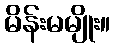
မိန်းမမျိုး။